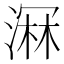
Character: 𣺉